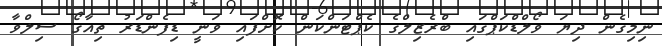
ނިމިގެން ދިޔަ ވޯލްޑްކަޕްގައި ބްރެޒިލްގެ ކެޕްޓަންކަން ކޮށްފައި ވަނީ ޑިފެންޑަރު ތިއާގޯ ސިލްވާ